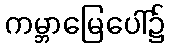
ကမ္ဘာမြေပေါ်၌